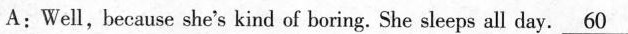
A: Well, because she's kind of boring. She sleeps all day.\underline{60}